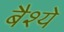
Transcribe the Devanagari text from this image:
बैश्ये